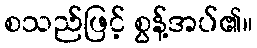
စသည်ဖြင့် စွန့်အပ်၏။